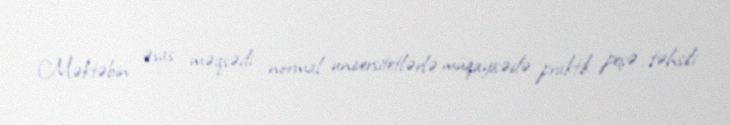
Məktəbin əsas məqsədi normal universitetlərlə müqayisədə praktik peşə təhsili